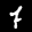
Label: 7